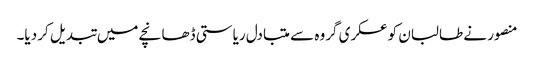
منصور نے طالبان کو عسکری گروہ سے متبادل ریاستی ڈھانچے میں تبدیل کر دیا۔